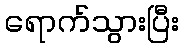
ရောက်သွားပြီး